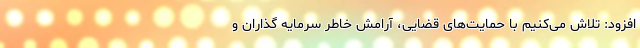
افزود: تلاش می‌کنیم با حمایت‌های قضایی، آرامش خاطر سرمایه گذاران و